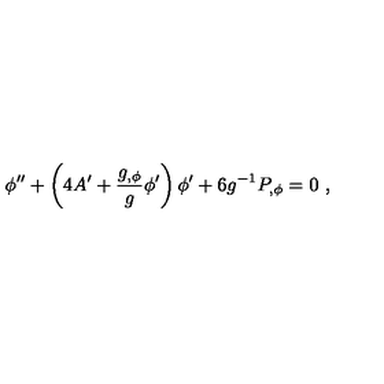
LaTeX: \phi ^ { \prime \prime } + \left( 4 A ^ { \prime } + { \frac { g _ { , \phi } } { g } } \phi ^ { \prime } \right) \phi ^ { \prime } + 6 g ^ { - 1 } P _ { , \phi } = 0 \ ,